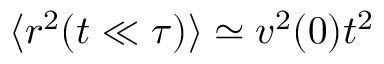
\langle r ^ { 2 } ( t \ll \tau ) \rangle \simeq v ^ { 2 } ( 0 ) t ^ { 2 }